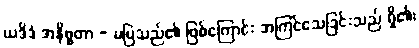
ယဒိဒံ အနိစ္စတာ - မမြဲသည်၏ ဖြစ်ကြောင်း အကြင်သေခြင်းသည် ရှိ၏၊